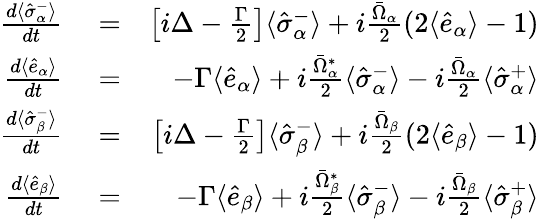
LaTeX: \begin{array}{rlr}{\frac{d\langle\hat{\sigma}_{\alpha}^{-}\rangle}{dt}}&{{}=}&{\left[i\Delta-\frac{\Gamma}{2}\right]\langle\hat{\sigma}_{\alpha}^{-}\rangle+i\frac{\bar{\Omega}_{\alpha}}{2}(2\langle\hat{e}_{\alpha}\rangle-1)}\\ {\frac{d\langle\hat{e}_{\alpha}\rangle}{dt}}&{{}=}&{-\Gamma\langle\hat{e}_{\alpha}\rangle+i\frac{\bar{\Omega}_{\alpha}^{*}}{2}\langle\hat{\sigma}_{\alpha}^{-}\rangle-i\frac{\bar{\Omega}_{\alpha}}{2}\langle\hat{\sigma}_{\alpha}^{+}\rangle}\\ {\frac{d\langle\hat{\sigma}_{\beta}^{-}\rangle}{dt}}&{{}=}&{\left[i\Delta-\frac{\Gamma}{2}\right]\langle\hat{\sigma}_{\beta}^{-}\rangle+i\frac{\bar{\Omega}_{\beta}}{2}(2\langle\hat{e}_{\beta}\rangle-1)}\\ {\frac{d\langle\hat{e}_{\beta}\rangle}{dt}}&{{}=}&{-\Gamma\langle\hat{e}_{\beta}\rangle+i\frac{\bar{\Omega}_{\beta}^{*}}{2}\langle\hat{\sigma}_{\beta}^{-}\rangle-i\frac{\bar{\Omega}_{\beta}}{2}\langle\hat{\sigma}_{\beta}^{+}\rangle}\end{array}